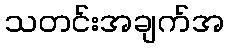
သတင်းအချက်အ